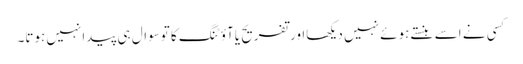
کسی نے اسے ہنستے ہوئے نہیں دیکھااورتفریح یاآؤٹنگ کا توسوال ہی پیدانہیں ہوتا۔